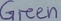
Text: Green